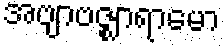
အဗျာဗဇ္ဈာရာမော